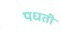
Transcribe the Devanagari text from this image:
पधती